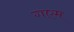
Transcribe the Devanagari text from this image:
गएम